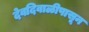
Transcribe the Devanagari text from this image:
देवदिवाळीपासून